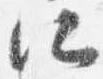
所